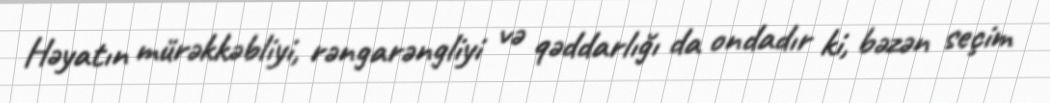
Həyatın mürəkkəbliyi, rəngarəngliyi və qəddarlığı da ondadır ki, bəzən seçim